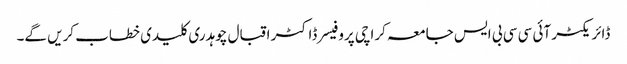
ڈائریکٹر آئی سی سی بی ایس جامعہ کراچی پروفیسر ڈاکٹر اقبال چوہدری کلیدی خطاب کریں گے۔